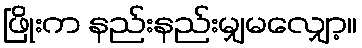
ဖြိုးက နည်းနည်းမျှမလျှော့။